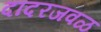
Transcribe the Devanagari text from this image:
दादरजवळ